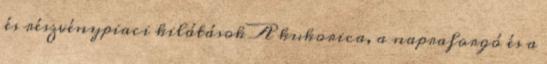
és részvénypiaci kilátások A kukorica, a napraforgó és a